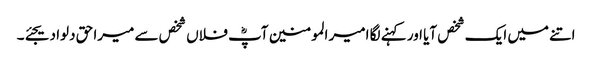
اتنے میں ایک شخص آیا اور کہنے لگا امیر المومنین آپؓ فلاں شخص سے میرا حق دلوا دیجئے۔